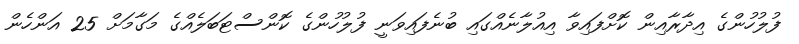
ފުލުހުންގެ އިދާރާއިން ކޮށްފައިވާ އިއުލާނެއްގައި ބުނެފައިވަނީ ފުލުހުންގެ ކޮންސްޓަބަލެއްގެ މަގާމަށް 25 އަންހެން